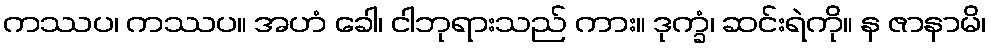
ကဿပ၊ ကဿပ။ အဟံ ခေါ၊ ငါဘုရားသည် ကား။ ဒုက္ခံ၊ ဆင်းရဲကို။ န ဇာနာမိ၊